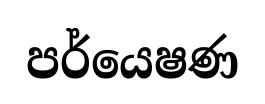
පර්යෙෂණ